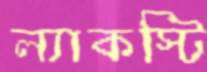
ল্যাকস্টি